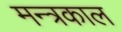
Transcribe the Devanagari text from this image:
मन्त्रकाल